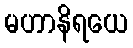
မဟာနိရယေ